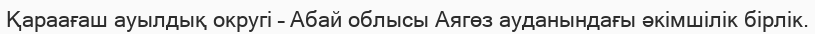
Қараағаш ауылдық округі – Абай облысы Аягөз ауданындағы әкімшілік бірлік.